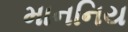
માનનિય